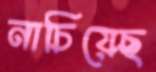
নাচিয়েছ